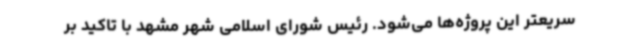
سریعتر این پروژه‌ها می‌شود. رئیس شورای اسلامی شهر مشهد با تاکید بر